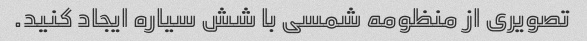
تصویری از منظومه شمسی با شش سیاره ایجاد کنید.